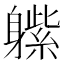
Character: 𲄬